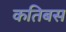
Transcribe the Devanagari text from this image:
कतिबस